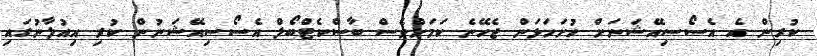
ކުރިން އެ އެސޯސިއޭޝަނަށް ހުށަހަޅަން ޖެހޭނެ ކަމަށްވެސް ބާސްކެޓްބޯލް އެސޯސިއޭޝަނުން ކުރި އިއުލާނުގައި